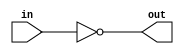
module inverter (
    input wire in,
    output reg out
);

always @* begin
    out = ~in;
end

endmodule